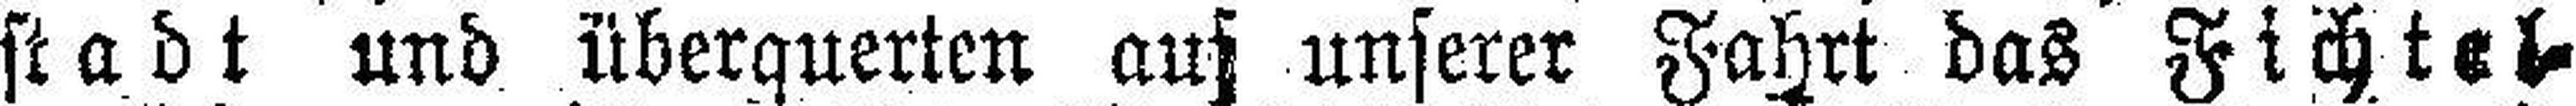
stadt und überquerten auf unserer Fahrt das Fichtel¬